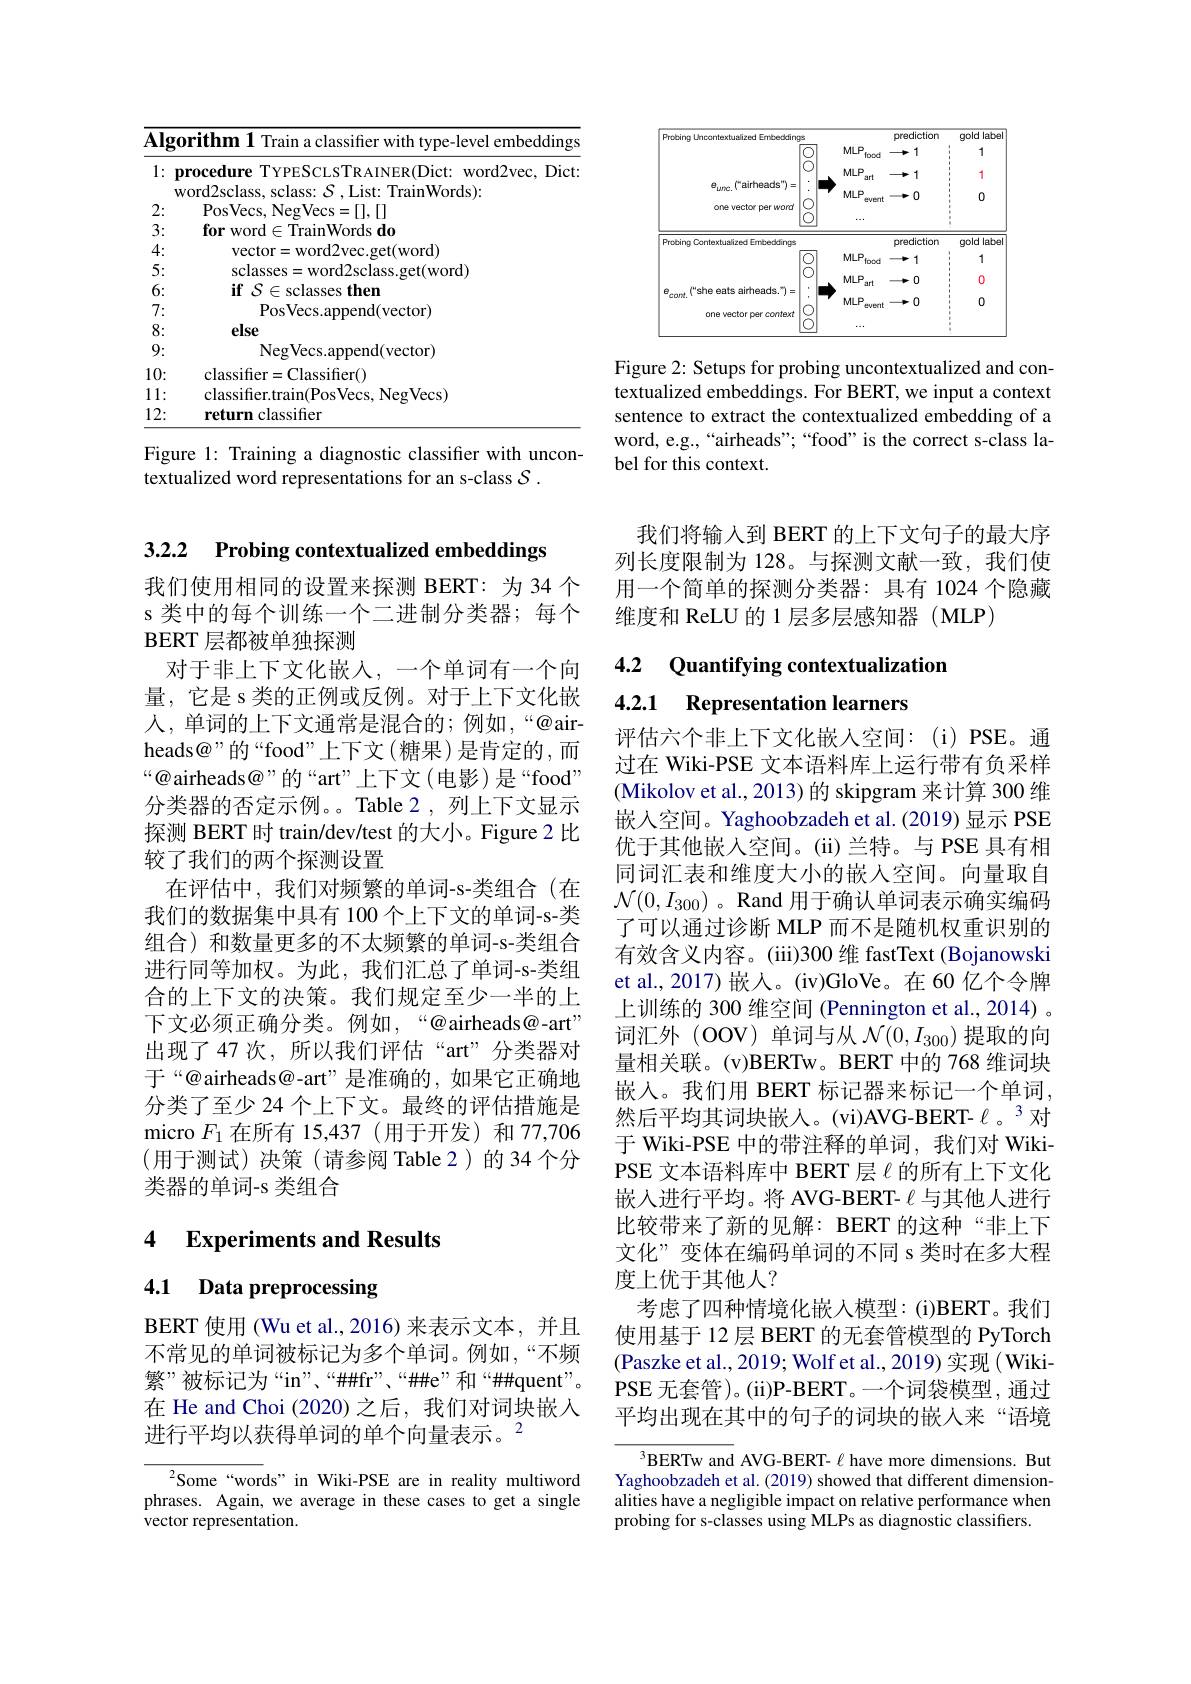
<table>
	<tbody>
		<tr>
			<th colspan="2">Algorithm 1 Train a classifier with type-level embeddings</th>
		</tr>
		<tr>
			<th>1:</th>
			<th>procedure TYPESCLSTRAINER(Dict: word2vec, Dict $v$ord2sclass, sclass: $\mathcal{S}$, List: TrainWords):</th>
		</tr>
		<tr>
			<td>2: $r$</td>
			<td>PosVecs Neo =[1].[1] $JVF$</td>
		</tr>
		<tr>
			<td>3:</td>
			<td>for word $\mathbf{d}\in$TrainWords do</td>
		</tr>
		<tr>
			<td>4:</td>
			<td>ord2vec. get( word) Vecror</td>
		</tr>
		<tr>
			<td>5:</td>
			<td>sclasses rd2sclass.get(word)</td>
		</tr>
		<tr>
			<td>6:</td>
			<td>$\mathbf{if}$S $E:$ sclasses $s\textbf{then}$</td>
		</tr>
		<tr>
			<td>7: 一 </td>
			<td>PosVecs am ppend(vector)</td>
		</tr>
		<tr>
			<td>8: -</td>
			<td>else</td>
		</tr>
		<tr>
			<td>9: T</td>
			<td>NegVecs. append( vector) </td>
		</tr>
		<tr>
			<td>10:</td>
			<td>Classifier() classifie</td>
		</tr>
		<tr>
			<td>11: · </td>
			<td>NegVecs) $\sim|assifiert$</td>
		</tr>
		<tr>
			<td>12:</td>
			<td>return classifier</td>
		</tr>
	</tbody>
</table>

Figure 1: Training a diagnostic classifier with uncon-
textualized word representations for an s-class $\mathcal{S}.$

3.2.2 Probing contextualized embeddings
我们使用相同的设置来探测 BERT: 为 34 个s 类中的每个训练一个二进制分类器；每个BERT 层都被单独探测
对于非上下文化嵌入，一个单词有一个向量，它是 s 类的正例或反例。对于上下文化嵌人，单词的上下文通常是混合的；例如，“@airheads@”的“food”上下文(糖果)是肯定的，而“@airheads@”的“art”上下文(电影)是“food” 分类器的否定示例。。Table 2,列上下文显示探测 BERT 时 train/dev/test 的大小。Figure 2 比较了我们的两个探测设置
在评估中，我们对频繁的单词-s-类组合(在我们的数据集中具有 100个上下文的单词-s-类组合)和数量更多的不太频繁的单词-s-类组合进行同等加权。为此，我们汇总了单词-s-类组合的上下文的决策。我们规定至少一半的上下文必须正确分类。例如，“@airheads@-art” 出现了 47 次，所以我们评估“art”分类器对于“@airheads@-art”是准确的，如果它正确地分类了至少 24 个上下文。最终的评估措施是micro $F_{1}$在所有 15,437(用于开发)和 77,706 (用于测试)决策(请参阅 Table2)的34个分类器的单词-s 类组合

### 4 $\textbf{Experiments and Results}$

4.1 Data preprocessing

BERT 使用 (Wu et al.,2016) 来表示文本，并且不常见的单词被标记为多个单词。例如，“不频繁”被标记为“in”、“$\#Hfr”、“\#e”和“\#\#quent”$。在 He and Choi (2020)之后，我们对词块嵌入进行平均以获得单词的单个向量表示。$^2$

Some“words”in Wiki-PSE are in reality multiword phrases. Again, we average in these cases to get a single vector representation.

<FigureHere>

Figure 2: Setups for probing uncontextualized and contextualized embeddings. For BERT, we input a context sentence to extract the contextualized embedding of a word, e.g.,“airheads”;“food”is the correct s-class label for this context.

我们将输入到 BERT 的上下文句子的最大序列长度限制为 128。与探测文献一致，我们使用一个简单的探测分类器：具有 1024 个隐藏维度和 ReLU 的 1 层多层感知器 (MLP)

### 4.2 Quantifying contextualization 4.2.1 Representation learners

评估六个非上下文化嵌人空间：(i)PSE。通过在 Wiki-PSE 文本语料库上运行带有负采样(Mikolov et al., 2013) 的 skipgram 来计算 300 维嵌入空间。Yaghoobzadeh et al.(2019) 显示 PSE 优于其他嵌入空间。(ii)兰特。与 PSE 具有相同词汇表和维度大小的嵌入空间。向量取自$\mathcal{N}(0,I_{300})$ 。Rand 用于确认单词表示确实编码了可以通过诊断 MLP 而不是随机权重识别的有效含义内容。(iii)300 维 fastText (Bojanowski et al.,2017) 嵌人。(iv)GloVe。在 60 亿个令牌上训练的 300 维空间 (Pennington et al., 2014) 。词汇外(OOV)单词与从$\mathcal{N}(0,I_{300})$提取的向量相关联。(v)BERTw。BERT 中的 768 维词块嵌入。我们用 BERT 标记器来标记一个单词， 然后平均其词块嵌人。(vi)AVG-BERT- $\ell$。3对于 Wiki-PSE 中的带注释的单词，我们对 WikiPSE 文本语料库中 BERT 层$\ell$的所有上下文化嵌入进行平均。将 AVG-BERT- $\ell$与其他人进行比较带来了新的见解：BERT 的这种“非上下文化”变体在编码单词的不同 s 类时在多大程度上优于其他人？
考虑了四种情境化嵌入模型：(i)BERT。我们使用基于 12 层 BERT 的无套管模型的 PyTorch (Paszke et al., 2019; Wolf et al., 2019) 实现( WikiPSE 无套管)。(ii)P-BERT。一个词袋模型，通过平均出现在其中的句子的词块的嵌人来“语境

$^{3}$BERTw and AVG-BERT- $\ell$ have more dimensions. But Yaghoobzadeh et al. (2019) showed that different dimensionalities have a negligible impact on relative performance when probing for s-classes using MLPs as diagnostic classifiers